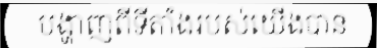
បង្ហាញពីទីតាំងរបស់យើងបាន